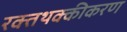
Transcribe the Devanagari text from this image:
रक्तथक्कीकरण